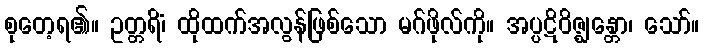
စုတေ့ရ၏။ ဥတ္တရိံ၊ ထိုထက်အလွန်ဖြစ်သော မဂ်ဖိုလ်ကို။ အပ္ပဋိဝိဇ္ဈန္တော၊ သော်။